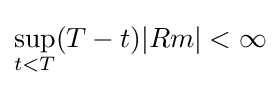
\sup _{t<T}(T-t)|Rm|<\infty